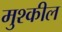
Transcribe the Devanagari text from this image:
मुश्कील